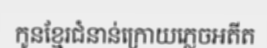
កូនខ្មែរជំនាន់ក្រោយភ្លេចអតីត